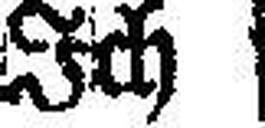
Ich